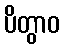
ပိတွာဝ